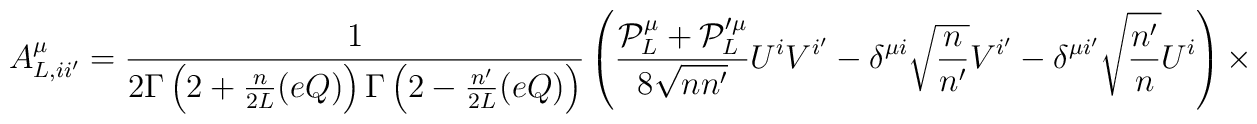
A^{\mu}_{L,ii'}=     \frac{1}{2\Gamma\left(2+\frac{n}{2L}(eQ)\right)           \Gamma\left(2-\frac{n'}{2L}(eQ)\right)}	 \left(\frac{{\cal P}_{L}^{\mu}	  + {\cal P}_{L}'^{\mu}}{8\sqrt{nn'}}U^{i}V^{i'}	  -\delta^{\mu i}\sqrt{\frac{n}{n'}}V^{i'}	  -\delta^{\mu i'}\sqrt{\frac{n'}{n}}U^{i}\right)	  \times